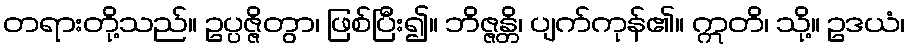
တရားတို့သည်။ ဥပ္ပဇ္ဇိတွာ၊ ဖြစ်ပြီး၍။ ဘိဇ္ဇန္တိ၊ ပျက်ကုန်၏။ ဣတိ၊ သို့။ ဥဒယံ၊